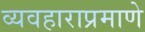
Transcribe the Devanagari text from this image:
व्यवहाराप्रमाणे